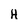
Character: H